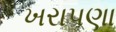
ખરાપણા